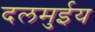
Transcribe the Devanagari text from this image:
दलमुईय